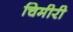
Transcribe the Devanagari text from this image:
चिमीरी